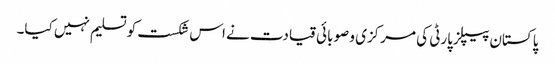
پاکستان پیپلزپارٹی کی مرکزی و صوبائی قیادت نے اس شکست کو تسلیم نہیں کیا۔